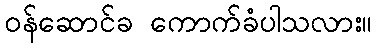
ဝန်ဆောင်ခ ကောက်ခံပါသလား။